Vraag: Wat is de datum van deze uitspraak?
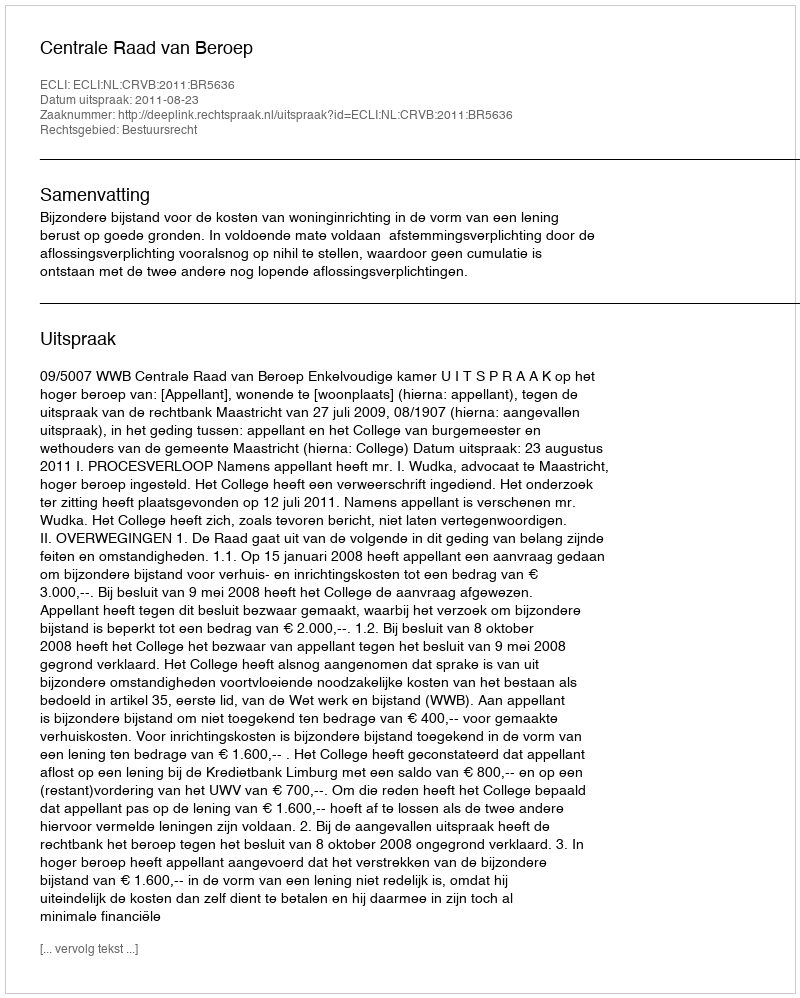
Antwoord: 2011-08-23